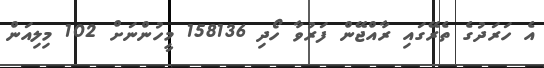
އެ ހަރަދުގެ ތެރޭގައި ރާއްޖޭން ފަރުވާ ހޯދި 158136 މީހުންނަށް 102 މިލިއަން